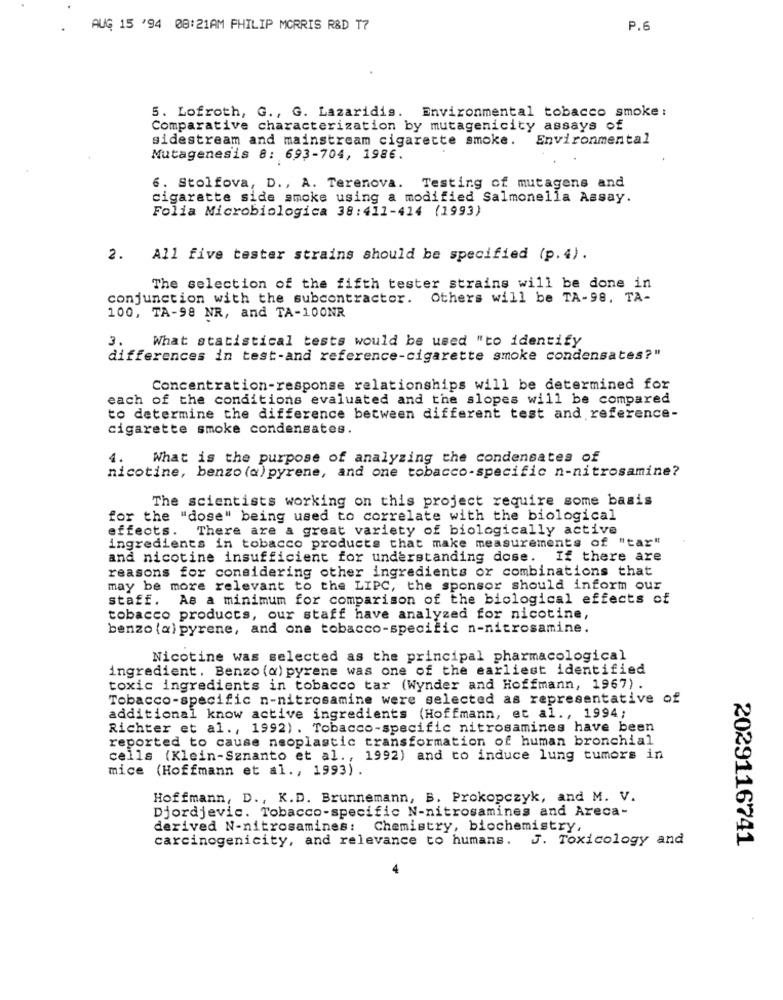
AUG 15 '94 08:21AM PHILIP MORRIS R&D T7
P.6
5. Lofroth, G ., G. Lazaridis. Environmental tobacco smoke:
Comparative characterization by mutagenicity assays of
sidestream and mainstream cigarette smoke.
Environmental
Mutagenesis 8: 693-704, 1986.
6. Stolfova, D ., A. Terenova.
Testing of mutagens and
cigarette side smoke using a modified Salmonella Assay.
Folia Microbiologica 38:411-414 (1993)
2. All five tester strains should be specified (p.4).
The selection of the fifth tester strains will be done in
conjunction with the subcontractor.
Others will be TA-98. TA-
100, TA-98 NR, and TA-100NR
What statistical tests would be used "to identify
3.
differences in test-and reference-cigarette smoke condensates?"
Concentration-response relationships will be determined for
each of the conditions evaluated and the slopes will be compared
to determine the difference between different test and reference-
cigarette smoke condensates.
4.
What is the purpose of analyzing the condensates of
nicotine, benzo (a) pyrene, and one tobacco-specific n-nitrosamine?
The scientists working on this project require some basis
for the
"dose" being used to correlate with the biological
effects.
There are a great variety of biologically active
ingredients in tobacco products that make measurements of "tar"
and nicotine insufficient for understanding dose.
If there are
reasons for considering other ingredients or combinations that
may be more relevant to the LIPC, the sponsor should inform our
staff. As a minimum for comparison of the biological effects of
tobacco products, our staff have analyzed for nicotine,
benzo (a) pyrene, and one tobacco-specific n-nitrosamine.
Nicotine was selected as the principal pharmacological
ingredient. Benzo (a) pyrene was one of the earliest identified
toxic ingredients in tobacco tar (Wynder and Hoffmann, 1967).
Tobacco-specific n-nitrosamine were selected as representative of
additional know active ingredients (Hoffmann, et al ., 1994;
Richter et al ., 1992). Tobacco-specific nitrosamines have been
reported to cause neoplastic transformation of human bronchial
cells (Klein-Sznanto et al ., 1992) and to induce lung tumors in
mice (Hoffmann et al ., 1993) .
Hoffmann, D ., K.D. Brunnemann, B. Prokopczyk, and M. V.
Djordjevic. Tobacco-specific N-nitrosamines and Areca-
derived N-nitrosamines: Chemistry, biochemistry,
carcinogenicity, and relevance to humans. J. Toxicology and
2029116741